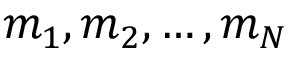
{ m _ { 1 } , m _ { 2 } , \ldots , m _ { N } }